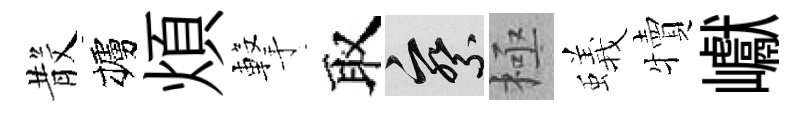
𣪚櫨煩撃取察極蟻犢巘